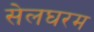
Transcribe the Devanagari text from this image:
सेलघरम